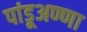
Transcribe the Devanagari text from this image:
पांडूअण्णा